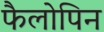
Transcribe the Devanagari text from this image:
फैलोपिन